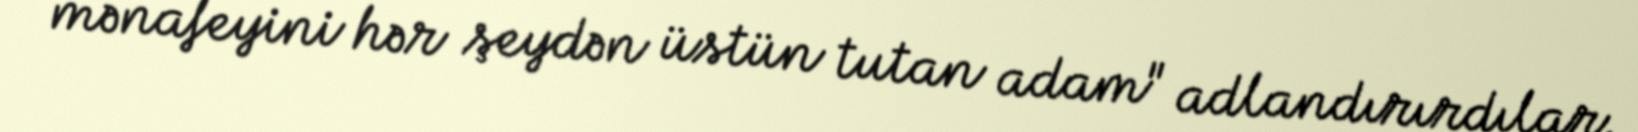
mənafeyini hər şeydən üstün tutan adam" adlandırırdılar.